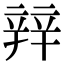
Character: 辡